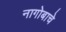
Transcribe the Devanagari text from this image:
नागोबाचे